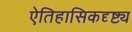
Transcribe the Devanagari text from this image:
ऐतिहासिकदृष्ट्य